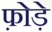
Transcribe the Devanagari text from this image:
फ़ोड़े